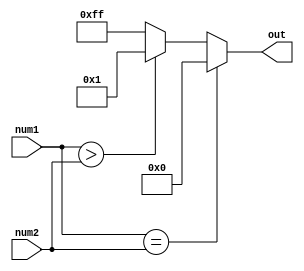
`timescale 1ns / 1ps
//////////////////////////////////////////////////////////////////////////////////
// Company: 
// Engineer: 
// 
// Design Name: 
// Module Name:    Comparator 
// Project Name: 
// Target Devices: 
// Tool versions: 
// Description: 
//
// Dependencies: 
//
// Revision: 
// Revision 0.01 - File Created
// Additional Comments: 
//
//////////////////////////////////////////////////////////////////////////////////
module Comparator(
    input [7:0] num1,
    input [7:0] num2,
    output reg [7:0] out
    );

    reg[7:0] tempOut;
	   
    always @(num1 or num2) begin
	   if (num1 == num2) out <= 0;
	   else if (num1 > num2) out <= 1;
		else out <= 255;
	 end

endmodule